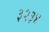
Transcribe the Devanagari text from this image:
३२३४